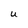
Character: U